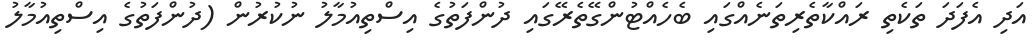
އަދި އެފަދަ ތަކެތި ރައްކާތެރިތަނެއްގައި ބެހެއްޓުންގޭތެރޭގައި ދުންފަތުގެ އިސްތިއުމާލު ނުކުރުން (ދުންފަތުގެ އިސްތިއުމާލު